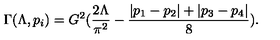
\Gamma ( \Lambda , p _ { i } ) = G ^ { 2 } ( \frac { 2 \Lambda } { \pi ^ { 2 } } - \frac { | p _ { 1 } - p _ { 2 } | + | p _ { 3 } - p _ { 4 } | } { 8 } ) .